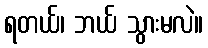
ရတယ်၊ ဘယ် သွားမလဲ။